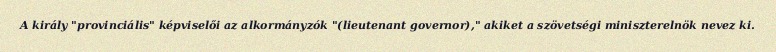
A király "provinciális" képviselői az alkormányzók "(lieutenant governor)," akiket a szövetségi miniszterelnök nevez ki.